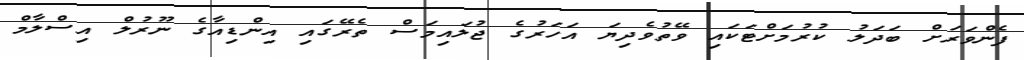
ފެންވަރަށް ބަދަލު ކުރުމަށްޓަކައި ވޭތުވެދިޔަ އަހަރުގެ ޖުލައިމަސް ތެރޭގައި އިންޑިއާގެ ނޫރުލް އިސްލާމް